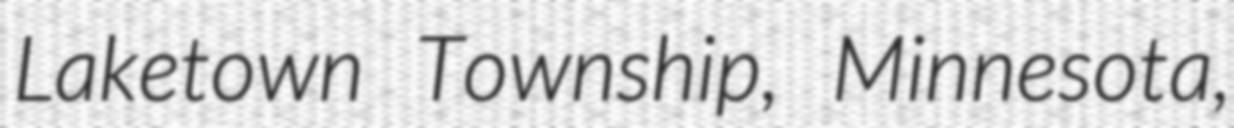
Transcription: Laketown Township, Minnesota,